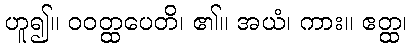
ဟူ၍။ ဝဝတ္ထပေတိ၊ ၏။ အယံ၊ ကား။ ဧတ္ထ၊